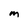
Character: M